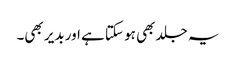
یہ جلد بھی ہو سکتا ہے اور بدیر بھی۔